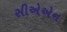
સીએએન